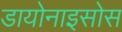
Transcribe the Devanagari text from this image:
डायोनाइसोस